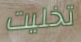
تخليت